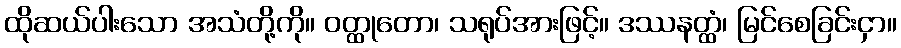
ထိုဆယ်ပါးသော အသံတို့ကို။ ဝတ္ထုတော၊ သရုပ်အားဖြင့်။ ဒဿနတ္ထံ၊ မြင်စေခြင်းငှာ။